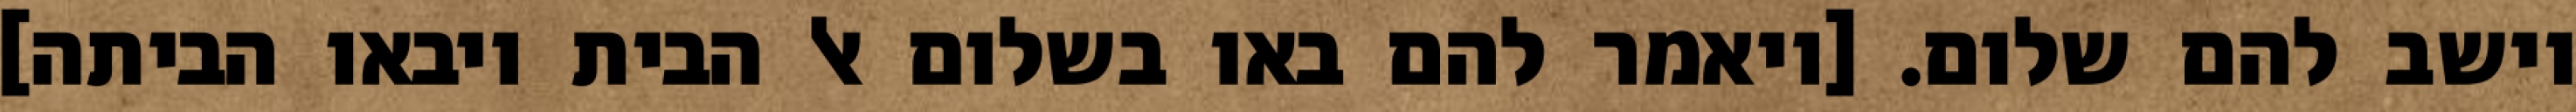
וישב להם שלום. [ויאמר להם באו בשלום אל הבית ויבאו הביתה]